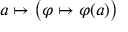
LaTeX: a \mapsto { \bigl ( } \varphi \mapsto \varphi ( a ) { \bigr ) }